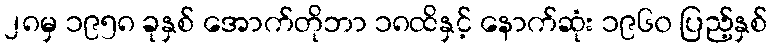
၂၈မှ ၁၉၅၈ ခုနှစ် အောက်တိုဘာ ၁၈ထိနှင့် နောက်ဆုံး ၁၉၆၀ ပြည့်နှစ်